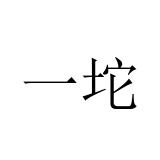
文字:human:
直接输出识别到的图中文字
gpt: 一坨